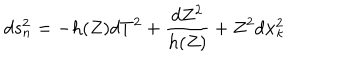
LaTeX: d s _ { n } ^ { 2 } = - h ( Z ) d T ^ { 2 } + \frac { d Z ^ { 2 } } { h ( Z ) } + Z ^ { 2 } d { \bf x } _ { \kappa } ^ { 2 }